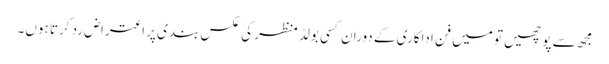
مجھ سے پوچھیں تو میں فن اداکاری کے دوران کسی بولڈ منظر کی عکس بندی پر اعتراض رد کرتا ہوں۔